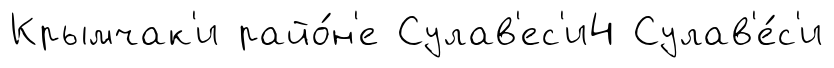
Крымчак'и райо́н'е Сулав'ес'и4 Сулав'е́с'и